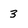
Character: 3